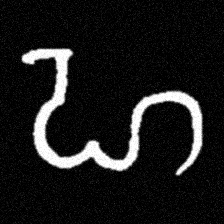
Pyu character \u2014 Myanmar letter: ဟ (romanized: ha)